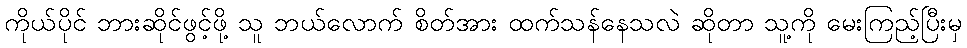
ကိုယ်ပိုင် ဘားဆိုင်ဖွင့်ဖို့ သူ ဘယ်လောက် စိတ်အား ထက်သန်နေသလဲ ဆိုတာ သူ့ကို မေးကြည့်ပြီးမှ